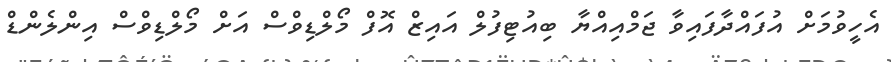
އެހީވުމަށް އުފައްދާފައިވާ ޖަމްއިއްޔާ ބިއުޓިފުލް އައިޒް އޮފް މޯލްޑިވްސް އަށް މޯލްޑިވްސް އިންލެންޑް